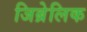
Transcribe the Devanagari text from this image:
जिब्रेलिक